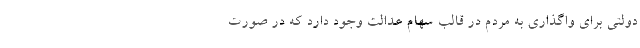
دولتی برای واگذاری به مردم در قالب سهام عدالت وجود دارد که در صورت